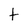
Character: t